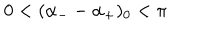
0 < ( \alpha _ { - } - \alpha _ { + } ) _ { 0 } < \pi \,